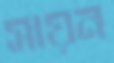
সায়ন